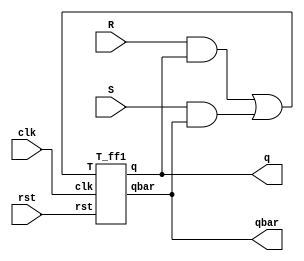
`timescale 1ns/1ps


module SR_T_ff(S,R,clk,rst,q,qbar);
input S,R,clk,rst;
output q,qbar;
and a1(w1,R,q);
and a2(w2,S,qbar);
or(w3,w1,w2);
T_ff1 a4(w3,clk,rst,q,qbar);
endmodule
module T_ff1(T,clk,rst,q,qbar);
input T,clk,rst;
output reg q,qbar;
always@(posedge clk)
begin

if(rst)
{q,qbar}={1'b0,1'b1};
else
    begin
    if(T==1)
    {q,qbar}={~q,q};
    end
    
end
endmodule